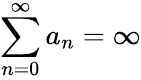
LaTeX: \sum_{n=0}^{\infty}a_{n}=\infty